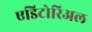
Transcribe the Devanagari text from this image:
एडिटोरिअल